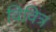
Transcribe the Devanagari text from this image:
विवित्र